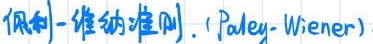
佩利 - 维纳准则. (Paley - Wiener)